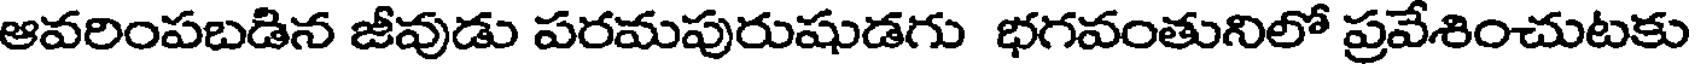
ఆవరింపబడిన జీవుడు పరమపురుషుడగు భగవంతునిలో ప్రవేశించుటకు